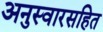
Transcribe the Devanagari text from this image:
अनुस्वारसहित